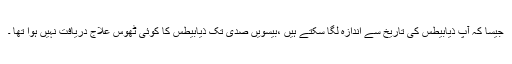
جیسا کہ آپ ذیابیطس کی تاریخ سے اندازہ لگا سکتے ہیں ،بیسویں صدی تک ذیابیطس کا کوئی ٹھوس علاج دریافت نہیں ہوا تھا ۔